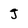
Character: j